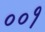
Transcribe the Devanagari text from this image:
००१